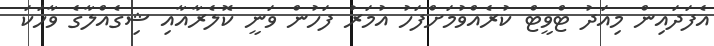
އެފަދައިން މިއަދު ޓްވީޓް ކުރެއްވުމަށްފަހު އުމަރު ފަހުން ވަނީ ކޮލެރާއާއި ޝިގެއްލާގެ ވާހަކަ